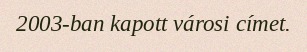
2003-ban kapott városi címet.